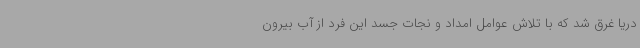
دریا غرق شد که با تلاش عوامل امداد و نجات جسد این فرد از آب بیرون